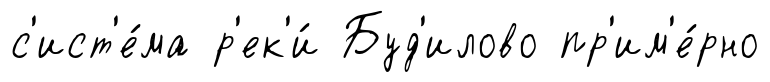
с'ист'е́ма р'ек'и́ Буд'илово пр'им'е́рно